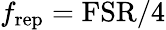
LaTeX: f_{\mathrm{rep}}=\mathrm{FSR}/4